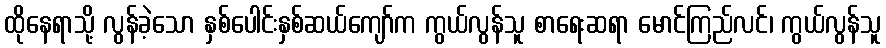
ထိုနေရာသို့ လွန်ခဲ့သော နှစ်ပေါင်းနှစ်ဆယ်ကျော်က ကွယ်လွန်သူ စာရေးဆရာ မောင်ကြည်လင်၊ ကွယ်လွန်သူ